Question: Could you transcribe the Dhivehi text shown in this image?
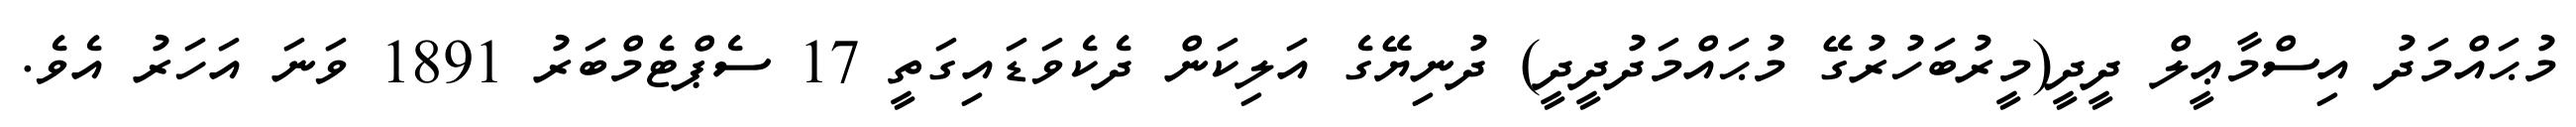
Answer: މުޙައްމަދު އިސްމާޢީލް ދީދީ(މީރުބަހުރުގޭ މުޙައްމަދުދީދީ) ދުނިޔޭގެ އަލިކަން ދެކެވަޑައިގަތީ 17 ސެޕްޓެމްބަރު 1891 ވަނަ އަހަރު އެވެ.